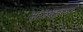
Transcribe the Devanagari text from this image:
संजयकुमार